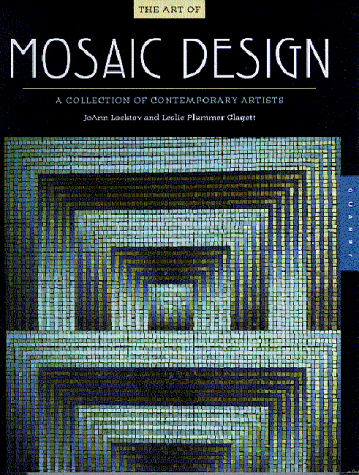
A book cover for The Art of Mosaic Design: A Collection of Contemporary Artists; JoAnn Locktov; Crafts, Hobbies & Home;